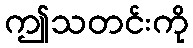
ဤသတင်းကို